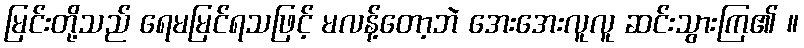
မြင်းတို့သည် ရေမမြင်ရသဖြင့် မလန့်တော့ဘဲ အေးအေးလူလူ ဆင်းသွားကြ၏ ။